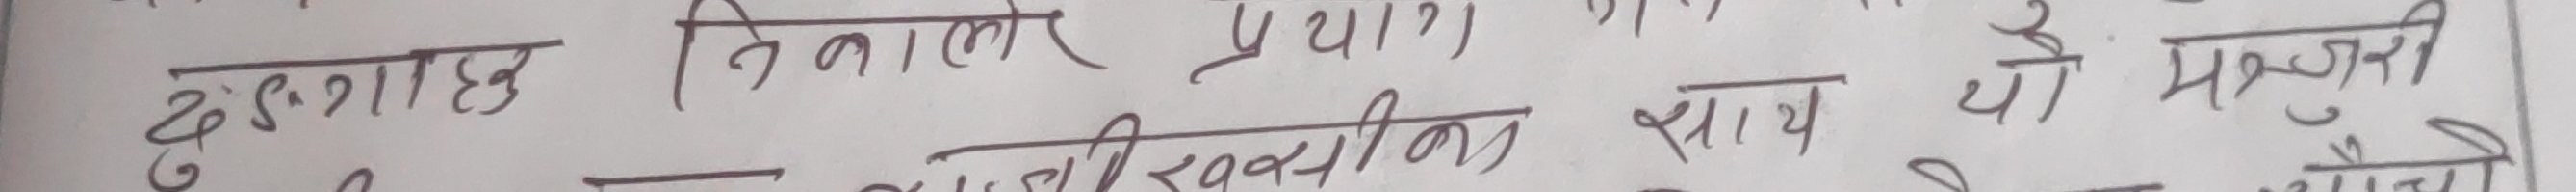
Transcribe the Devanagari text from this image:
ढुक्ग्राहरू निलाएर प्राय)
पर्ती रख्थिय साथ
यो मजबुरी